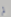
لم